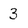
Character: 3